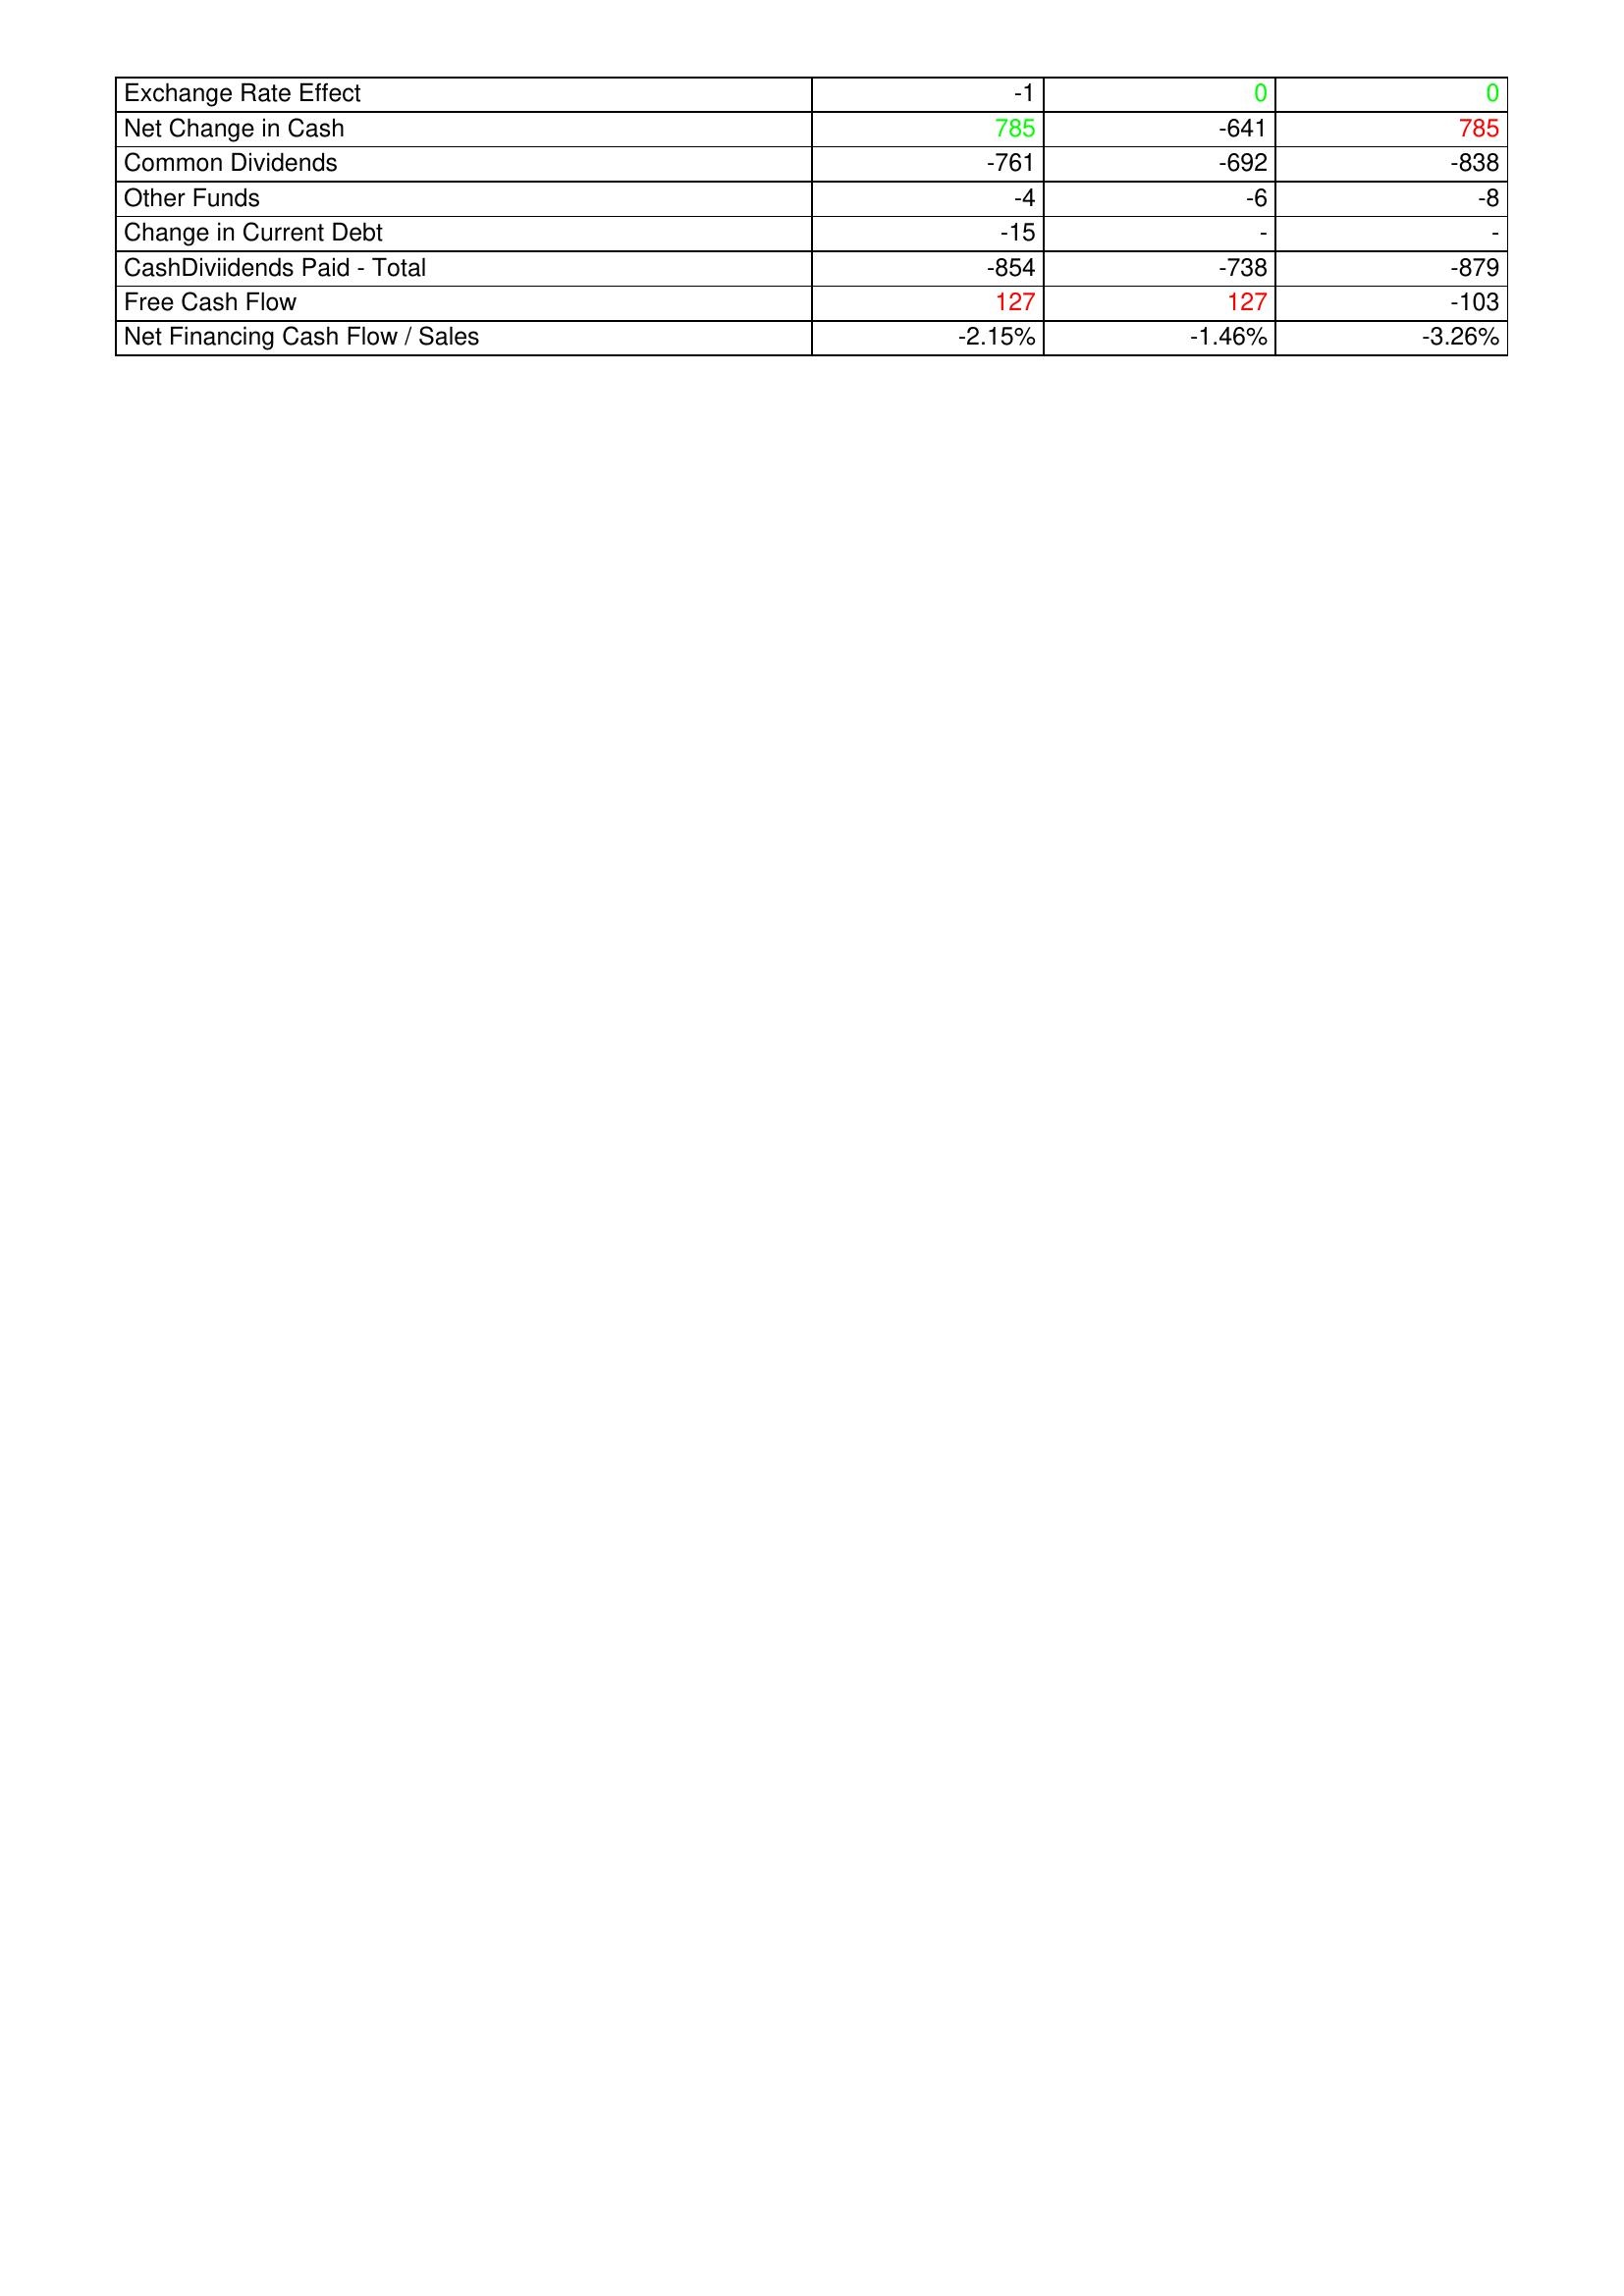
gt_parse: 2011: Financing Activities: Exchange Rate Effect: -1
Net Change in Cash: 785
Common Dividends: -761
Other Funds: -4
Change in Current Debt: -15
CashDiviidends Paid - Total: -854
Free Cash Flow: 127
Net Financing Cash Flow / Sales: -2.15%
2010: Financing Activities: Exchange Rate Effect: 0
Net Change in Cash: -641
Common Dividends: -692
Other Funds: -6
Change in Current Debt: -
CashDiviidends Paid - Total: -738
Free Cash Flow: 127
Net Financing Cash Flow / Sales: -1.46%
2009: Financing Activities: Exchange Rate Effect: 0
Net Change in Cash: 785
Common Dividends: -838
Other Funds: -8
Change in Current Debt: -
CashDiviidends Paid - Total: -879
Free Cash Flow: -103
Net Financing Cash Flow / Sales: -3.26%